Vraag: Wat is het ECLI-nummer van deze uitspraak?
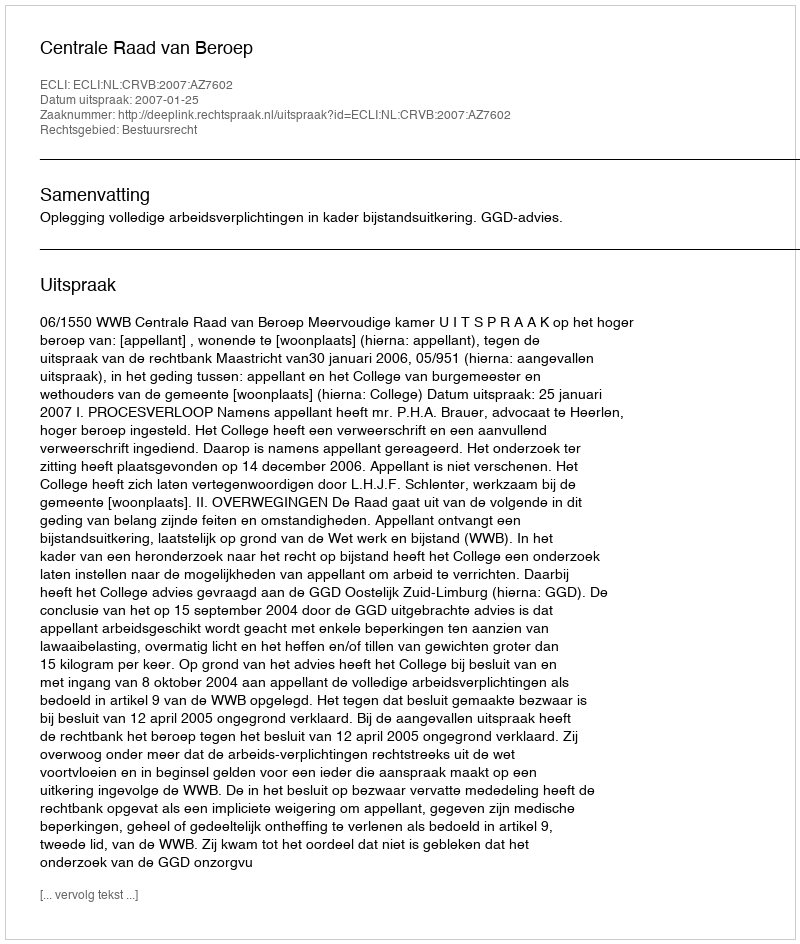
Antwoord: ECLI:NL:CRVB:2007:AZ7602